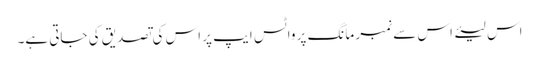
اس لیئے اس سے نمبر مانگ پر واٹس ایپ پر اس کی تصدیق کی جاتی ہے۔